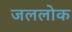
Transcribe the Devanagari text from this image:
जललोक